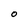
Character: O